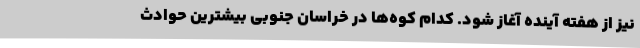
نیز از هفته آینده آغاز شود. کدام کوه‌ها در خراسان جنوبی بیشترین حوادث